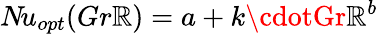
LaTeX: N\! u_{opt}(Gr\mathbb{R})=a+k\cdotGr\mathbb{R}^{b}